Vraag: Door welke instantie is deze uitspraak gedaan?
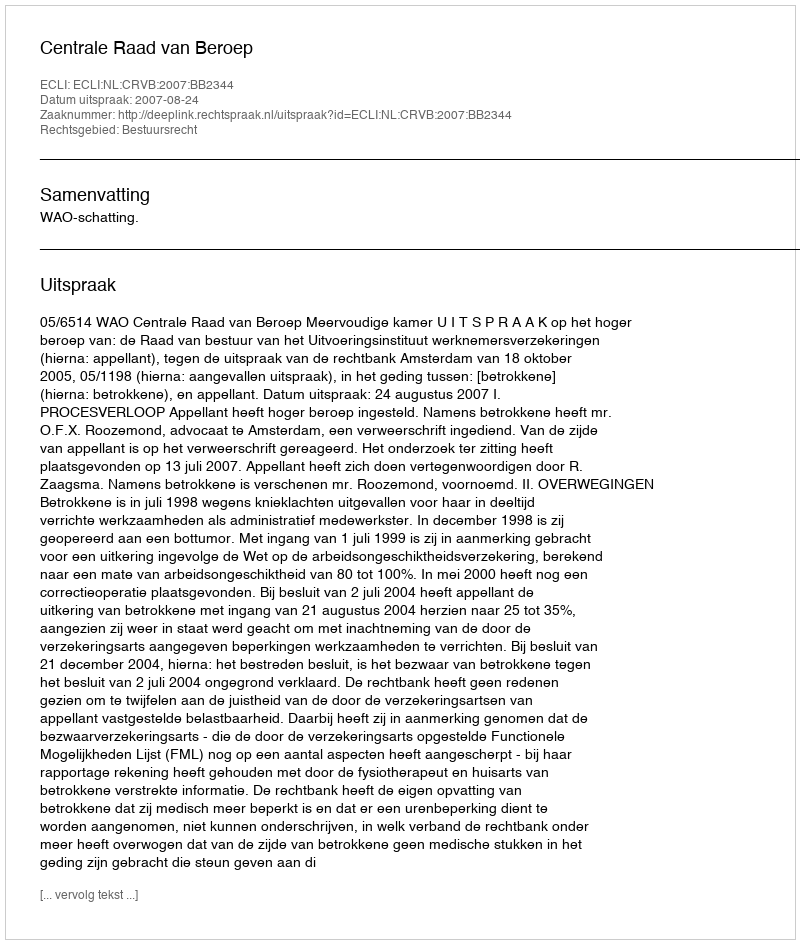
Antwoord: Centrale Raad van Beroep